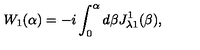
W _ { 1 } ( \alpha ) = - i \int _ { 0 } ^ { \alpha } d \beta J _ { \lambda 1 } ^ { 1 } ( \beta ) ,